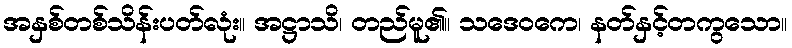
အနှစ်တစ်သိန်းပတ်လုံး။ အဋ္ဌာသိ၊ တည်မူ၏။ သဒေဝကေ၊ နတ်နှင့်တကွသော။